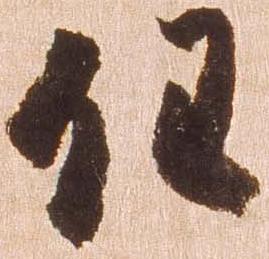
任